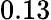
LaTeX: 0.13